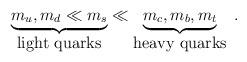
LaTeX: \begin{align*}\underbrace{m_u , m_d \ll m_s}_{\mbox{light quarks}} \ll \underbrace{m_c, m_b, m_t}_{\mbox{heavy quarks}} \; .\end{align*}